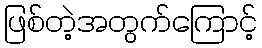
ဖြစ်တဲ့အတွက်ကြောင့်